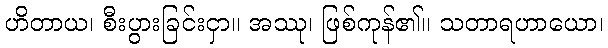
ဟိတာယ၊ စီးပွားခြင်းငှာ။ အဿု၊ ဖြစ်ကုန်၏။ သတာရဟာယော၊